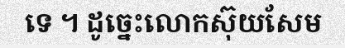
ទេ ។ ដូច្នេះលោកស៊ុយសែម